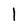
Character: l